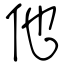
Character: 他